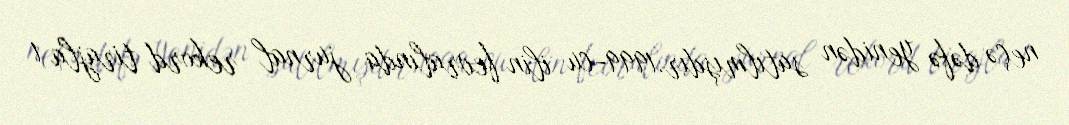
neçə dəfə yenidən satılmışdır.1999-cu ilin fevralında jurnal rekord tirajla 1